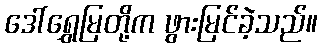
ဒေါ်ရွှေမြတို့က ဖွားမြင်ခဲ့သည်။